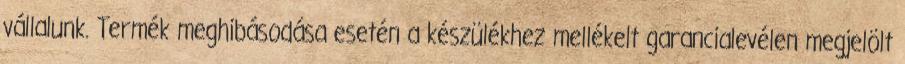
vállalunk. Termék meghibásodása esetén a készülékhez mellékelt garancialevélen megjelölt